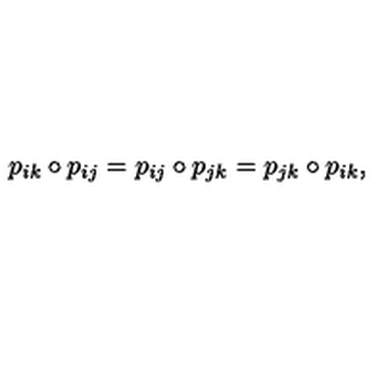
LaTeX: p _ { i k } \circ p _ { i j } = p _ { i j } \circ p _ { j k } = p _ { j k } \circ p _ { i k } ,